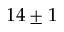
1 4 \pm 1